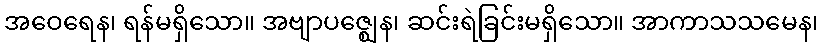
အဝေရေန၊ ရန်မရှိသော။ အဗျာပဇ္ဈေန၊ ဆင်းရဲခြင်းမရှိသော။ အာကာသသမေန၊